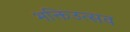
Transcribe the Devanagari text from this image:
भक्तिउत्सव